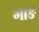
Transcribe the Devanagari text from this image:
गाङ